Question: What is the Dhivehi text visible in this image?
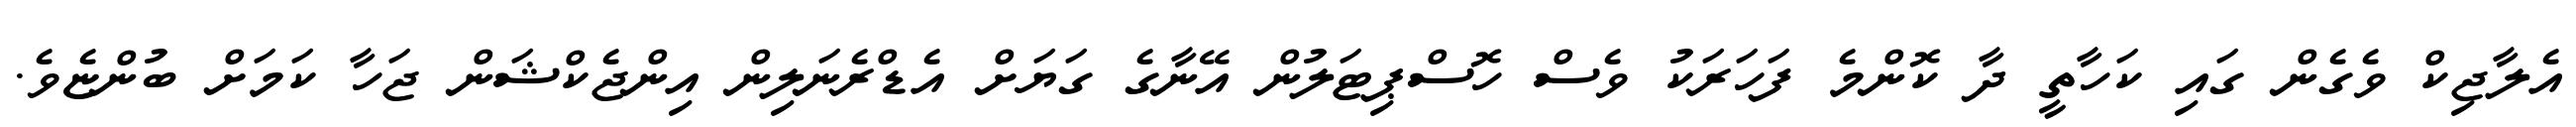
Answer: އެލާޖިކް ވެގެން ގައި ކަހާތީ ދާ ކޮންމެ ފަހަރަކު ވެސް ހޮސްޕިޓަލުން އޭނާގެ ގަޔަށް އެޑްރެނަލިން އިންޖެކްޝަން ޖަހާ ކަމަށް ބުންޏެވެ.